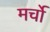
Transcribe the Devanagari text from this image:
मर्चो